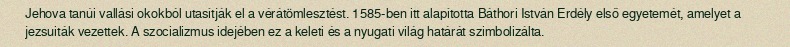
Jehova tanúi vallási okokból utasítják el a vérátömlesztést. 1585-ben itt alapította Báthori István Erdély első egyetemét, amelyet a jezsuiták vezettek. A szocializmus idejében ez a keleti és a nyugati világ határát szimbolizálta.